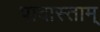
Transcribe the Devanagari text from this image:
पादास्ताम्